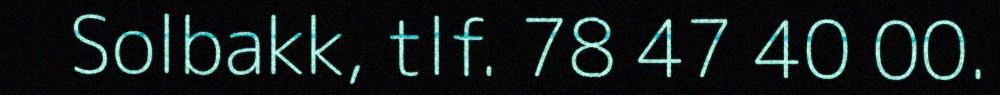
Solbakk, tlf. 78 47 40 00.